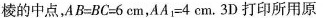
棱的中点，$$A B = B C = 6 c m$$，$$A A _ { 1 }= 4 c m$$。3D打印所用原